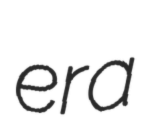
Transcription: era